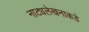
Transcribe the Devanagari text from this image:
नाट्यलेखनाकडे